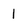
Character: 1